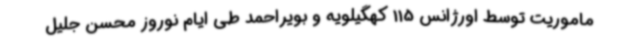
ماموریت توسط اورژانس 115 کهگیلویه و بویراحمد طی ایام نوروز محسن جلیل